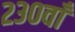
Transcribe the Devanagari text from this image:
२३०वाँ